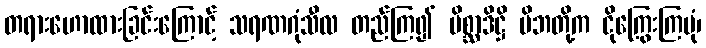
တရားဟောထားခြင်းကြောင့် သရဏဂုံသီလ တည်ကြ၍ မိစ္ဆာဒိဋ္ဌိ မိဘတို့က ငိုကြွေးကြပုံ၊